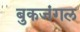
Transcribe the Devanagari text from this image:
बुकजंगल